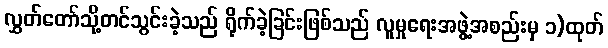
လွှတ်တော်သို့တင်သွင်းခဲ့သည် ရိုက်ခဲ့ခြင်းဖြစ်သည် လူမှုရေးအဖွဲ့အစည်းမှ ၁)ထုတ်